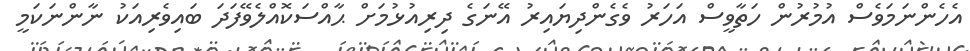
އެހެންނަމަވެސް އުމުރުން ހަތާވީސް އަހަރު ވެގެންދިޔައިރު އޭނަގެ ދިރިއުޅުމަށް ޙާއްސަކޮއްލެވޭފަދަ ބައިވެރިއަކު ނާންނަކަމީ